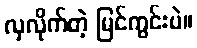
လှလိုက်တဲ့ မြင်ကွင်းပဲ။